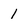
Character: 1